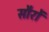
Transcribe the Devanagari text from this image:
सौरों